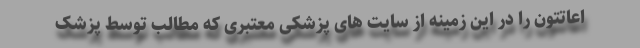
اعاتتون را در این زمینه از سایت های پزشکی معتبری که مطالب توسط پزشک